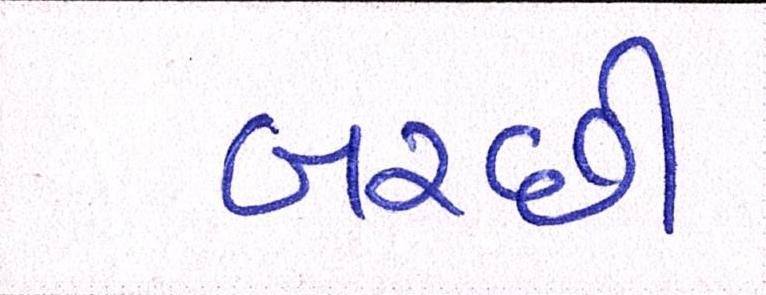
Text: બરછી